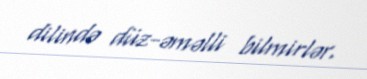
dilində düz-əməlli bilmirlər.